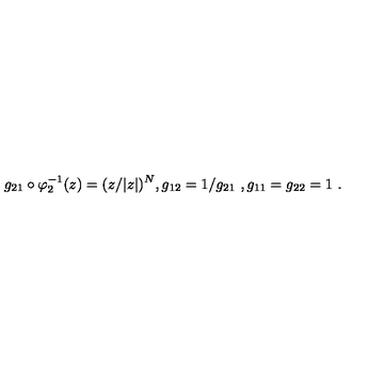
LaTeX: g _ { 2 1 } \circ \varphi _ { 2 } ^ { - 1 } ( z ) = ( z / | z | ) ^ { N } , g _ { 1 2 } = 1 / g _ { 2 1 } \ , g _ { 1 1 } = g _ { 2 2 } = 1 \ .